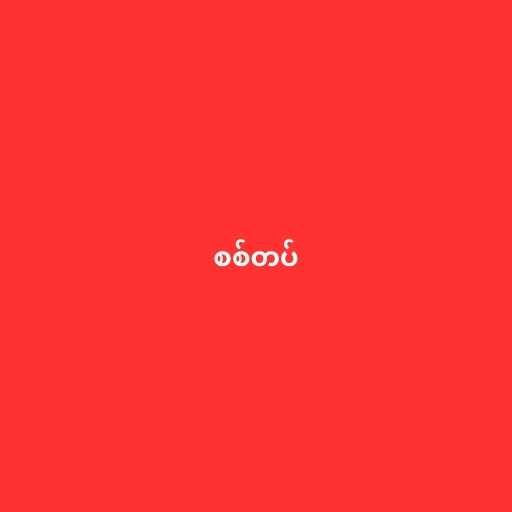
စစ်တပ်